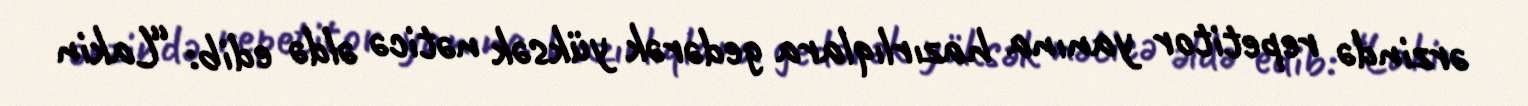
ərzində repetitor yanına hazırlıqlara gedərək yüksək nəticə əldə edib: “Lakin